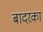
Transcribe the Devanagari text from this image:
बादरका